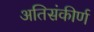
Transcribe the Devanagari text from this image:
अतिसंकीर्ण